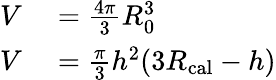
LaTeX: \begin{array}{rl}{V}&{{}=\frac{4\pi}{3}R_{0}^{3}}\\ {V}&{{}=\frac{\pi}{3}h^{2}(3R_{\mathrm{cal}}-h)}\end{array}